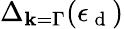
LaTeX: \Delta_{\textbf{k}=\Gamma}(\epsilon_{\mathrm{~d~}})